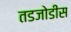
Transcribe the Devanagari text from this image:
तडजोडीस